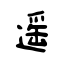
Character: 遥